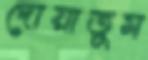
দোয়াতুম